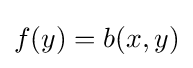
f(y)=b(x,y)